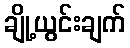
ချို့ယွင်းချက်